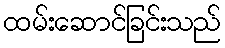
ထမ်းဆောင်ခြင်းသည်